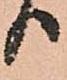
り